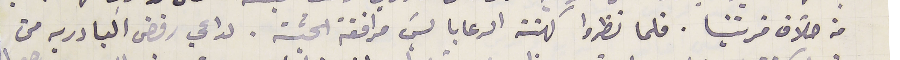
من خلاف قريتنا. فلما نظروا كهنة الرعايا ليسَ مرافقة الجثة. لداعي رفض البادريه من